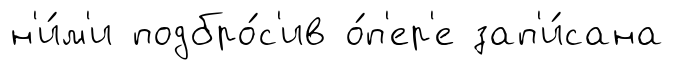
н'и́м'и подбро́с'ив о́п'ер'е зап'и́сана